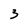
Character: 3